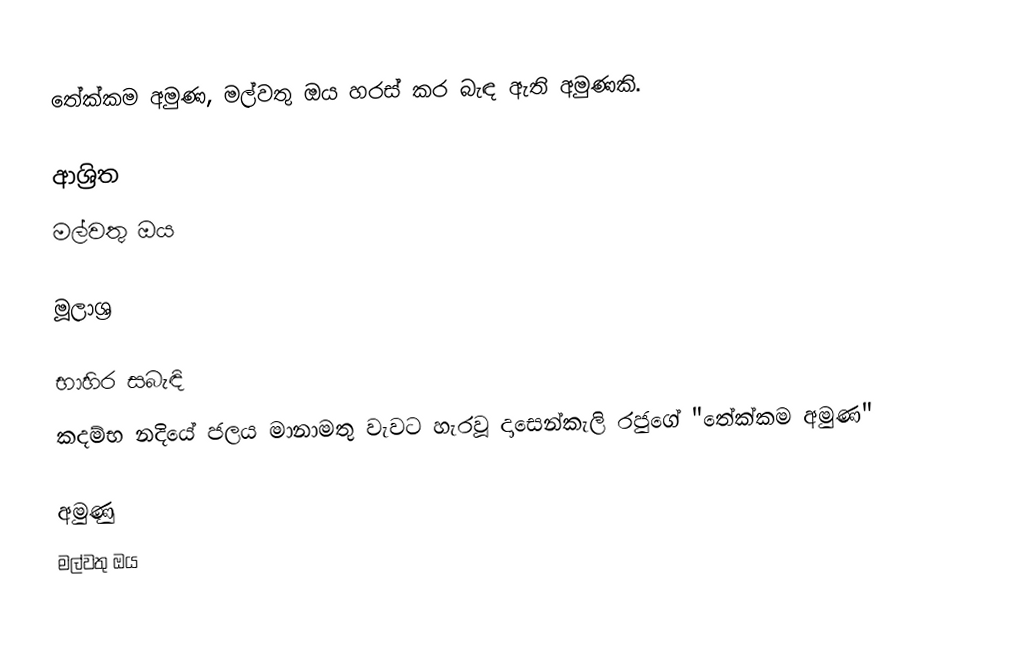
තේක්කම අමුණ, මල්වතු ඔය හරස් කර බැඳ ඇති අමුණකි.

ආශ්‍රිත
 මල්වතු ඔය

මූලාශ්‍ර

භාහිර සබැඳි
  කදම්භ නදියේ ජලය මානාමතු වැවට හැරවූ දාසෙන්කැලි රජුගේ "තේක්කම අමුණ"

අමුණු
මල්වතු ඔය